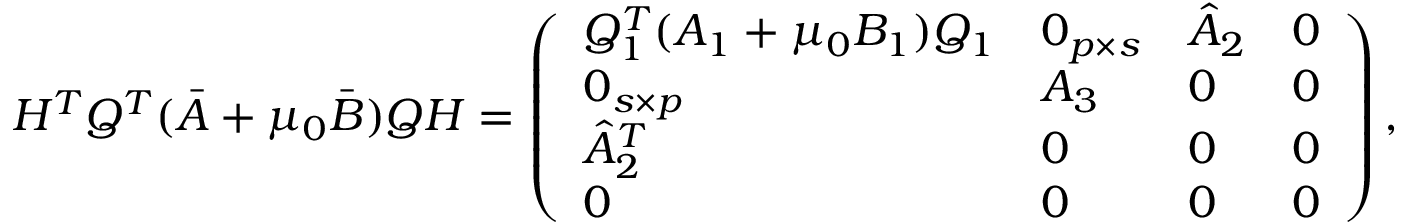
\begin{array} { r } { H ^ { T } Q ^ { T } ( \bar { A } + \mu _ { 0 } \bar { B } ) Q H = \left( \begin{array} { l l l l } { Q _ { 1 } ^ { T } ( A _ { 1 } + \mu _ { 0 } B _ { 1 } ) Q _ { 1 } } & { 0 _ { p \times s } } & { \hat { A } _ { 2 } } & { 0 } \\ { 0 _ { s \times p } } & { A _ { 3 } } & { 0 } & { 0 } \\ { \hat { A } _ { 2 } ^ { T } } & { 0 } & { 0 } & { 0 } \\ { 0 } & { 0 } & { 0 } & { 0 } \end{array} \right) , } \end{array}